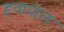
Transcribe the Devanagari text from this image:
हवापोल